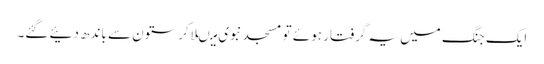
ایک جنگ میں یہ گرفتار ہوئے تو مسجد نبوی میںلاکر ستون سے باندھ دئیے گئے۔